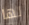
لها